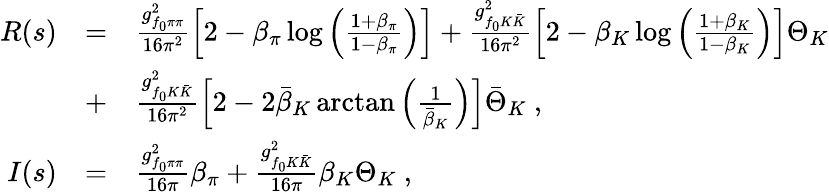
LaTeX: \begin{array}{rcl}{{R(s)}}&{{=}}&{{\frac{g_{f_{0}\pi\pi}^{2}}{16\pi^{2}}\left[2-\beta_{\pi}\log\left(\frac{1+\beta_{\pi}}{1-\beta_{\pi}}\right)\right]+\frac{g_{f_{0}K\bar{K}}^{2}}{16\pi^{2}}\left[2-\beta_{K}\log\left(\frac{1+\beta_{K}}{1-\beta_{K}}\right)\right]\Theta_{K}}}\\ {{}}&{{+}}&{{\frac{g_{f_{0}K\bar{K}}^{2}}{16\pi^{2}}\left[2-2\bar{\beta}_{K}\arctan\left(\frac{1}{\bar{\beta}_{K}}\right)\right]\bar{\Theta}_{K}\ ,}}\\ {{I(s)}}&{{=}}&{{\frac{g_{f_{0}\pi\pi}^{2}}{16\pi}\beta_{\pi}+\frac{g_{f_{0}K\bar{K}}^{2}}{16\pi}\beta_{K}\Theta_{K}\ ,}}\end{array}